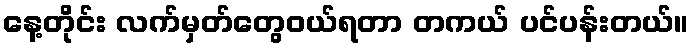
နေ့တိုင်း လက်မှတ်တွေဝယ်ရတာ တကယ် ပင်ပန်းတယ်။